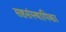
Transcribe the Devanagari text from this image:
सहसंस्थापिका